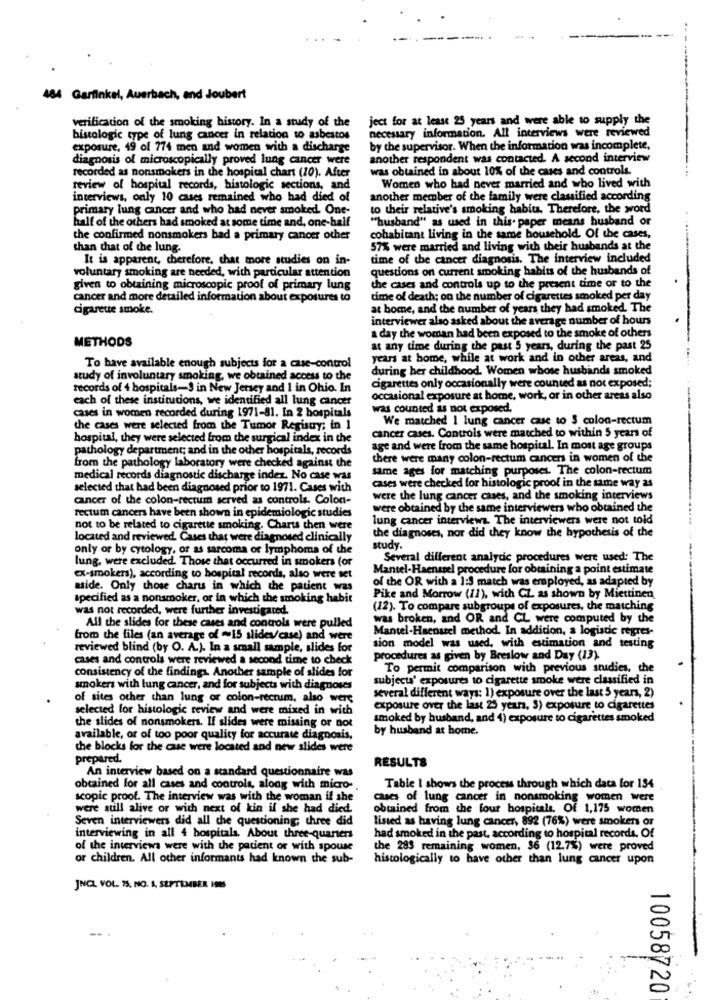
484 Garfinkel, Auerbach, and Joubert
ject for at least 25 years and were able to supply the
verification of the smoking history. In a study of the
necessary information. All interviews were reviewed
bistologic type of lung cancer in relation to asbestos
exposure, 49 of 774 men and women with a discharge
by the supervisor. When the information was incomplete,
diagnosis of microscopically proved lung cancer were
another respondent was contacted. A second interview
was obtained in about 10% of the cases and controls.
recorded as nonsmokers in the hospital chart (10). After
review of hospital records, histologic sections, and
Women who had never married and who lived with
interviews, only 10 cases remained who had died of
another member of the family were classified according
primary lung cancer and who had never smoked. One-
to their relative's smoking habita. Therefore, the word
half of the others had smoked at some time and, one-half
"husband" as used in this paper means husband or
the confirmed nonsmokers bad a primary cancer other
cohabitant living in the same household. Of the cases,
than that of the lung.
57% were married and living with their husbands at the
It is apparent, therefore, chat more studies on in-
time of the cancer diagnosis. The interview included
voluntary smoking are needed, with particular attention
questions on current smoking habits of the husbands of
given to obtaining microscopic proof of primary lung
the cases and controls up to the present time or to the
cancer and more detailed information about exposures to
time of death; on the number of cigarettes smoked per day
cigarette smoke.
at home, and the number of years they had smoked. The
interviewer also asked about the average number of hours
a day the woman had been exposed to the smoke of others
METHODS
at any time during the past 5 years, during the past 25
years at home, while at work and in other areas, and
To have available enough subjects for a case-control
during her childhood. Women whose husbands smoked
study of involuntary smoking, we obtained access to the
cigarettes only occasionally were counted as not exposed;
records of 4 hospitals-3 in New Jersey and 1 in Ohio. In
each of these institutions, we identified all lung cancer
occasional exposure at home, work, or in other areas also
cases in women recorded during 1971-81. In 2 hospitals
was counted as not exposed.
We matched 1 lung cancer case to $ colon-rectum
the cases were selected from the Tumor Registry; in 1
cancer cases. Controls were matched to within 5 years of
hospital, they were selected from the surgical index in the
pathology department; and in the other hospitals, records
age and were from the same hospital. In most age groups
there were many colon-rectum cancers in women of the
from the pathology laboratory were checked against the
same ages for matching purposes. The colon-rectum
medical records diagnostic discharge index. No case was
cases were checked for histologic proof in the same way as
selected that had been diagnosed prior to 1971. Cases with
cancer of the colon-rectum served as controls. Colon-
were the lung cancer cases, and the smoking interviews
rectum cancers have been shown in epidemiologic studies
were obtained by the same interviewers who obtained the
lung cancer interviews. The interviewers were not told
not to be related to cigarette smoking. Charts then were
the diagnoses, nor did they know the hypothesis of the
located and reviewed. Cases that were diagnosed clinically
only or by cytology, or as sarcoma or lymphoma of the
study.
lung, were excluded. Those that occurred in smokers (or
Several different analytic procedures were used: The
Mantel-Haenssel procedure for obtaining a point estimate
ex-smokers), according to hospital records, also were set
of the OR with a 1:3 match was employed, as adapted by
aside. Only those charus in which the patient was
specified as a nonsmoker, or in which the smoking habit
Pike and Morrow (11), with CZ as shown by Miettinen
was not recorded, were further investigated.
(12). To compare subgroups of exposures, the matching
was broken, and OR and CL were computed by the
All the slides for these cases and controls were pulled
Mantel-Haenazel method. In addition, a logistic regres-
from the files (an average of -15 slides/case) and were
reviewed blind (by O. A.). In a small sample, slides for
sion model was used, with estimation and testing
cases and controls were reviewed a second time to check
procedures as given by Breslow and Day (13).
consistency of the findings. Another sample of slides for
To permit comparison with previous studies, the
subject' exposures to cigarette smoke were classified in
smokers with lung cancer, and for subjects with diagnoses
several different ways: 1) exposure over the last 5 years, 2)
of sites other than lung or colon-rectum, also wers
selected for histologic review and were mixed in with
exposure over the last 25 years, 3) exposure to cigarettes
the slides of nonsmokers. If slides were missing or not
smoked by husband, and 4) exposure to cigarettes smoked
by husband at home.
available, or of too poor quality for accurate diagnosis,
the blocks for the case were located and new slides were
prepared.
RESULTS
An interview based on a standard questionnaire was
obtained for all cases and controls, along with micro-
Table I shows the process through which data for 134
scopic proof. The interview was with the woman if she
cases of lung cancer in nonsmoking women were
were still alive or with next of kin if she had died.
obtained from the four hospitals, Of 1,175 women
Seven interviewers did all the questioning; three did
listed as having lung cancer, 892 (76%) were smokers or
interviewing in all 4 hospitals. About three-quarters
had smoked in the past, according to hospital records. Of
of the interviews were with the patient or with spouse
the 283 remaining women, 36 (12.7%) were proved
or children. All other informants had known the sub-
histologically to have other than lung cancer upon
JNCL VOL. 75. NO. 1. SEPTEMBER IS
10058720